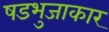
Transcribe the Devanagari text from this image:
षडभुजाकार